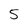
Character: 5